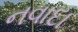
નવાદા